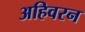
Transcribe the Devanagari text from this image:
अहिवरन